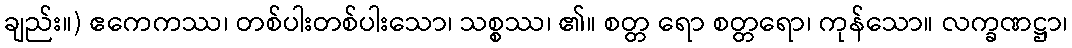
ချည်း။) ဧကေကဿ၊ တစ်ပါးတစ်ပါးသော၊ သစ္စဿ၊ ၏။ စတ္တ ရော စတ္တရော၊ ကုန်သော။ လက္ခဏဋ္ဌာ၊